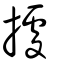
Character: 㨿